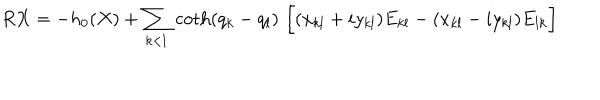
LaTeX: R X = - h _ { 0 } ( X ) + \sum _ { k < l } \, { \coth ( q _ { k } - q _ { l } ) } \, \left[ \vphantom { \frac { 1 } { 2 } } ( x _ { k l } + i y _ { k l } ) E _ { k l } - ( x _ { k l } - i y _ { k l } ) E _ { l k } \right]